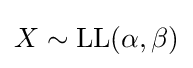
X\sim \operatorname {LL} (\alpha ,\beta )